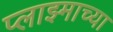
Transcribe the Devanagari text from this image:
प्लाझ्माच्या